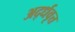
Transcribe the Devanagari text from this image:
अर्द्धवृत्त